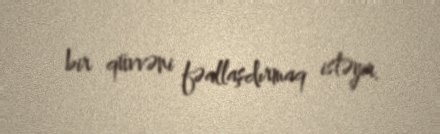
bir qüvvəni fəallaşdırmaq istəyir.